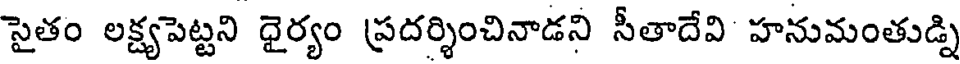
సైతం లక్ష్యపెట్టని ధైర్యం ప్రదర్శించినాడని సీతాదేవి హనుమంతుడ్ని